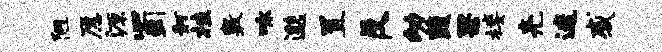
陋愿源蜀舸桂敷咏邈置反幼蔬果楼亮迷感